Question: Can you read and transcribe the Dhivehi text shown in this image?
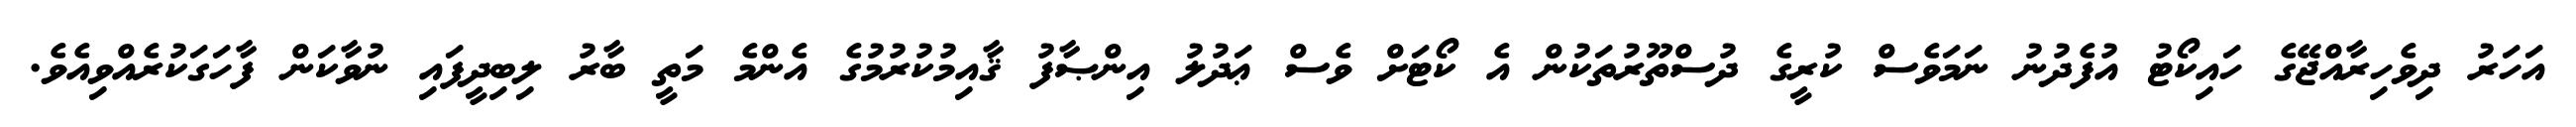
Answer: އަހަރު ދިވެހިރާއްޖޭގެ ހައިކޯޓު އުފެދުނު ނަމަވެސް ކުރީގެ ދުސްތޫރުތަކުން އެ ކޯޓަށް ވެސް ޢަދުލު އިންޞާފު ޤާއިމުކުރުމުގެ އެންމެ މަތީ ބާރު ލިބިދީފައި ނުވާކަން ފާހަގަކުރެއްވިއެވެ.